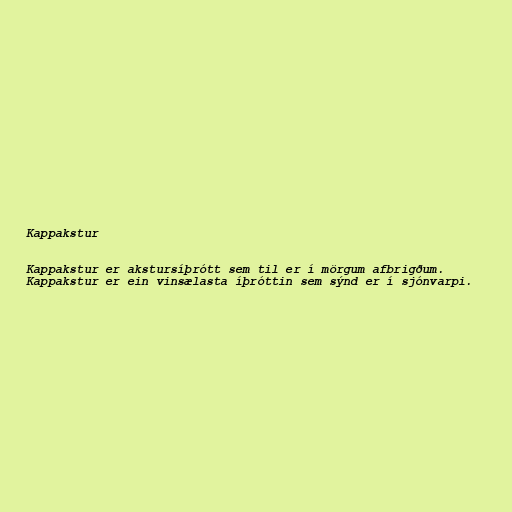
Kappakstur

Kappakstur er akstursíþrótt sem til er í mörgum afbrigðum.
Kappakstur er ein vinsælasta íþróttin sem sýnd er í sjónvarpi.